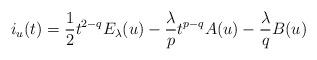
LaTeX: \begin{align*}i_u(t)=\frac{1}{2}t^{2-q} E_\lambda(u)-\frac{\lambda}{p}t^{p-q}A(u)-\frac{\lambda}{q}B(u)\end{align*}